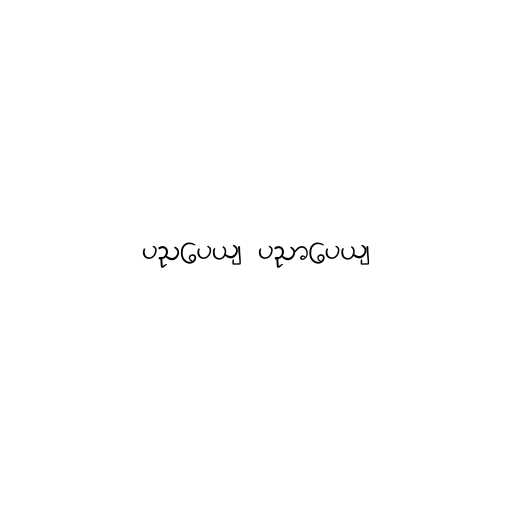
ပညပေယျ ပညာပေယျ